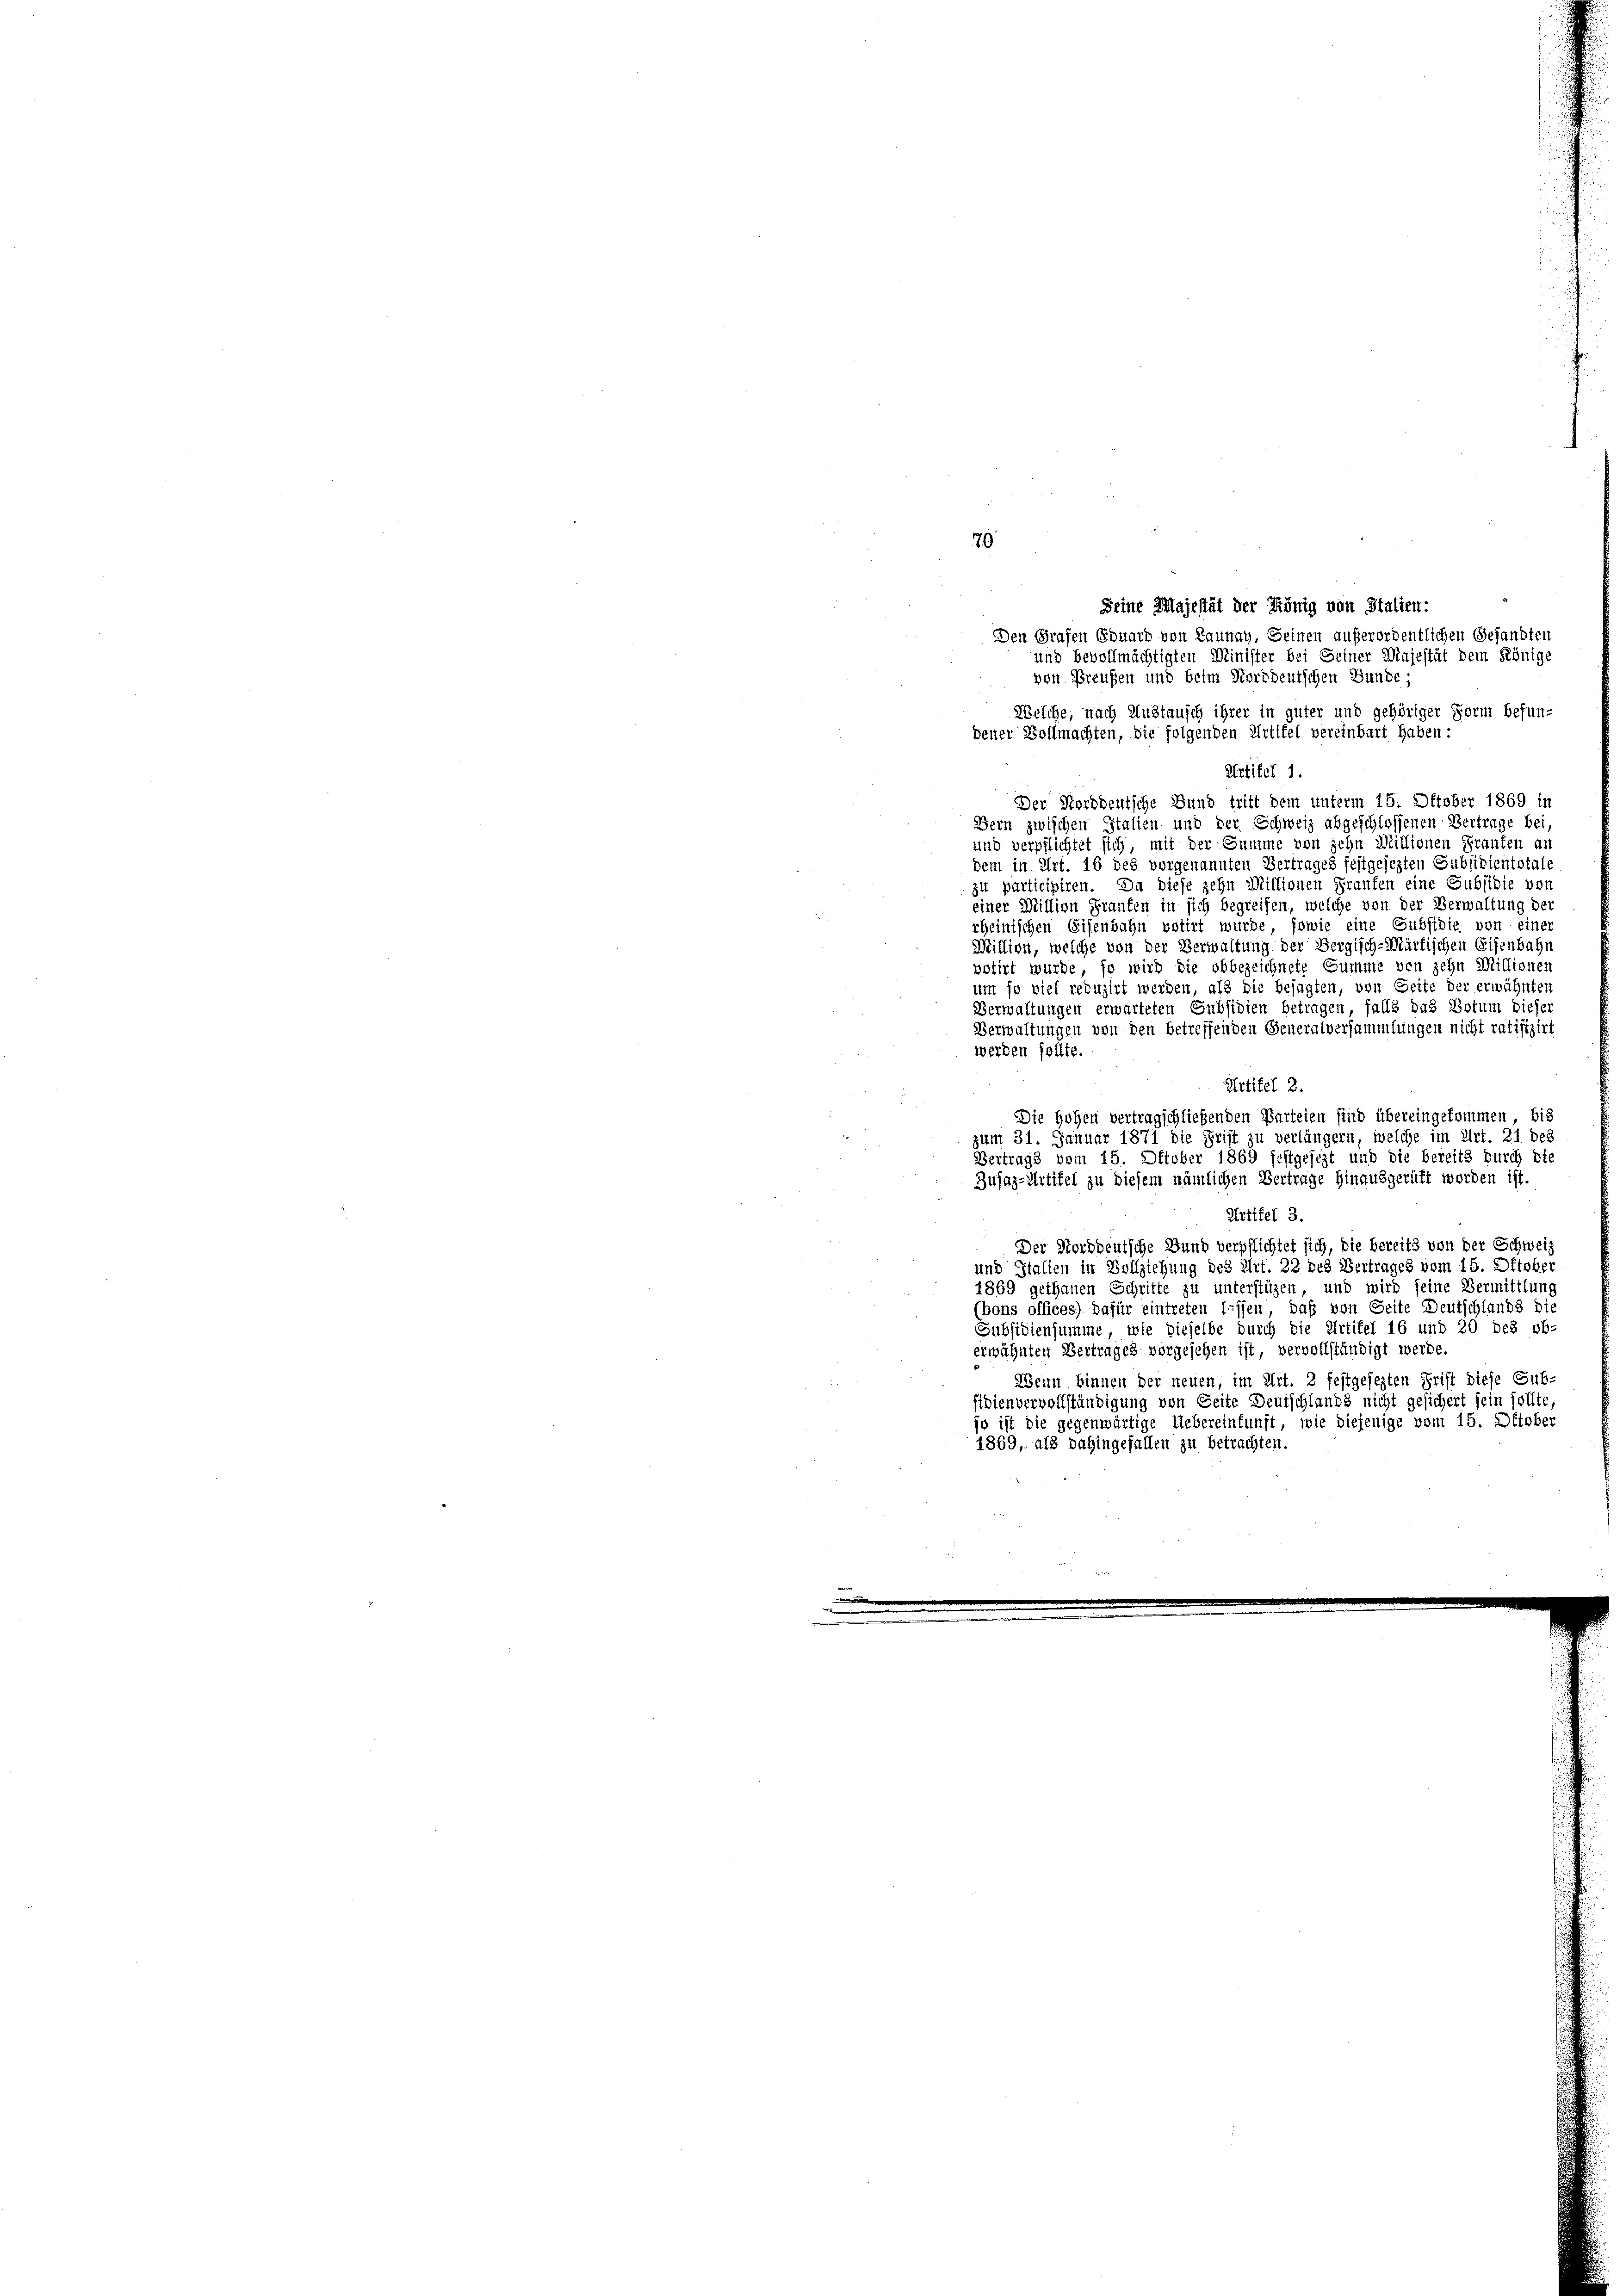
70

Seine Majestät der König von Stalien:
Den Grafen Eduard von Launay, Seinen außerordentlichen Gesandten
und bevollmächtigten Minister bei Seiner Majestät dem Könige
von Preußen und beim Norddeutschen Bunde;
Welche, nach Austausch ihrer in guter und gehöriger Form befun-
dener Vollmachten, die folgenden Artikel vereinbart haben?
Artikel 1.
Der Norddeutsche Bund trift dem unterm 15. Oktober 1869 in
Bern zwischen Italien und der Schweiz abgeschlossenen Vertrage bei,
und verpflichtet sich, mit der Summe von zehn Mittionen Franken an
dem in Art. 16 des vorgenannten Vertrages festgesezten Subsidientstals
zu participiren. Da diese zehn Millionen Franken eine Subsidie von
einer Million Fraufen in sich begreifen, welche von der Verwaltung der
rheinischen Eisenbahn votirt wurde, sowie eine Subsidie von einer
Million, welche von der Verwaltung der Vergisch-Märkischen Eisenbahn
votirt wurde, so wird die obbezeichnete Summe von zehn Millionen
um so viel reduzirt werden, als die besagten, von Seite der erwähnten
Verwaltungen erwarteten Subsidien betragen, falls das Botum dieser
Verwaltungen von den betreffenden Generalversammlungen nicht ratifizirt
werden sollte.
Artikel 2.
Die Hohen vertragschließenden Parteien sind übereingekommen, bis
zum 31. Januar 1871 die Frist zu verlängern, welche im Art. 21 des
Vertrags vom 15. Oktober 1869 festgesezt und die bereits durch die
Zujaz-Artikel zu diesem nämlichen Vertrage hinausgerüft worden ist.
Artikel 3.
Der Norddeutsche Bund verpflichtet sich, die bereits von der Schweiz
und Italien in Vollziehung des Art. 22 des Vertrages vom 15. Oktober
1869 gethanen Schritte zu unterstützen, und wird seine Vermittlung
(bons offices) dafür eintreten lassen, daß von Seite Deutschlands die
Subsidiensumme, wie dieselbe durch die Artikel 16 und 20 des ob-
erwähnten Vertrages vorgesehen ist, vervollständigt werde.
Wenn binnen der neuen, im Art. 2 festgesezten Frist diese Sub-
fidienvervollständigung von Seite Deutschlands nicht gesichert sein sollte
jo ist die gegenwärtige Uebereinkunft, wie diejenige vom 15. Oktober
1869, als dahingefallen zu betrachten.